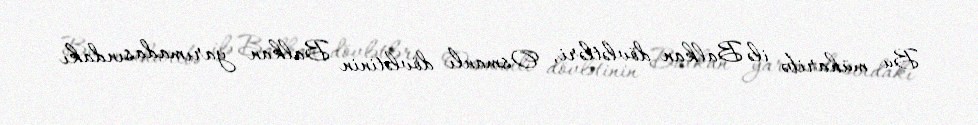
Bu müharibə ilə Balkan dövlətləri, Osmanlı dövlətinin Balkan yarımadasındakı